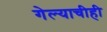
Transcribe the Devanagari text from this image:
गेल्याचीही